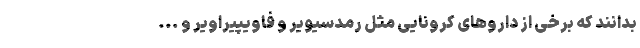
بدانند که برخی از داروهای کرونایی مثل رمدسیویر و فاویپیراویر و ...